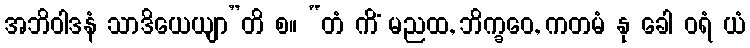
အဘိဝါဒနံ သာဒိယေယျာ”တိ စ။ “တံ ကိံ မညထ, ဘိက္ခဝေ, ကတမံ နု ခေါ ဝရံ ယံ